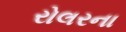
રોલરના